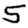
Digit: 5